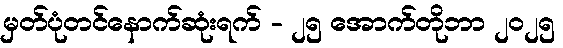
မှတ်ပုံတင်နောက်ဆုံးရက် - ၂၅ အောက်တိုဘာ ၂၀၂၅